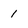
Character: 1